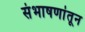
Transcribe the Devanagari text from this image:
संभाषणांतून